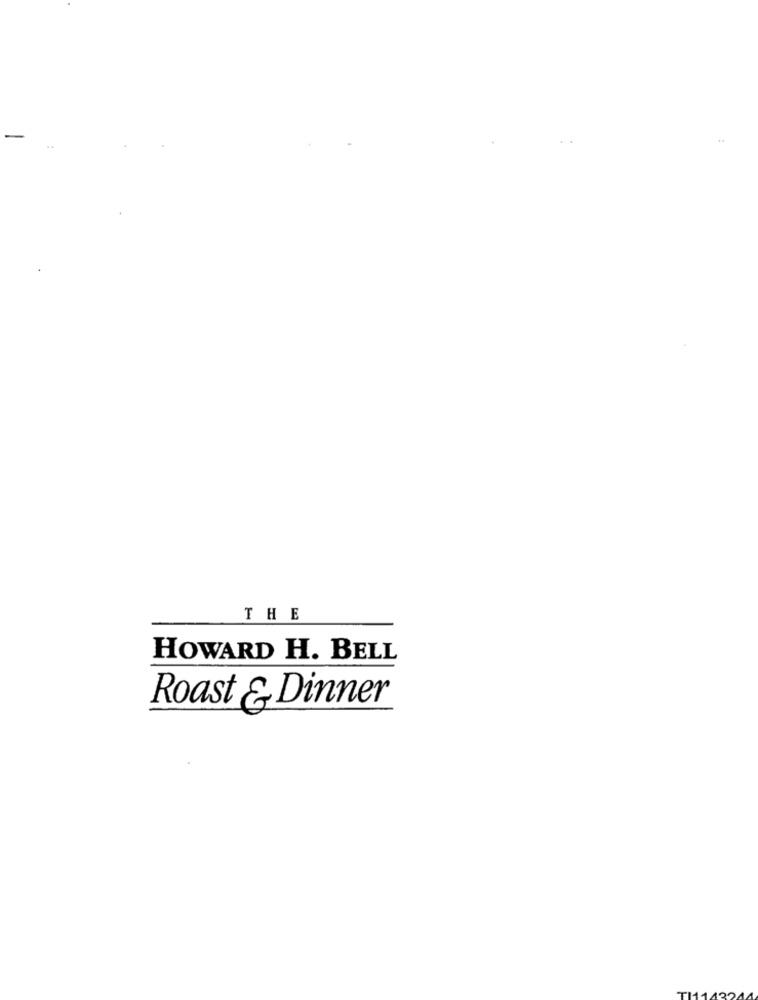
THE
HOWARD H. BELL
Roast & Dinner